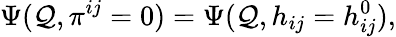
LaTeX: \Psi(\mathcal{Q},\pi^{ij}=0)=\Psi(\mathcal{Q},h_{ij}=h_{ij}^{0}),